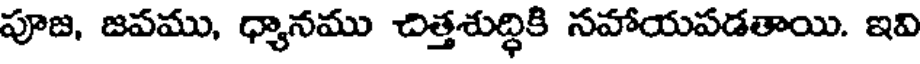
పూజ, జపము, ధ్యానము చిత్తశుద్ధికి సహాయపడతాయి. ఇవి